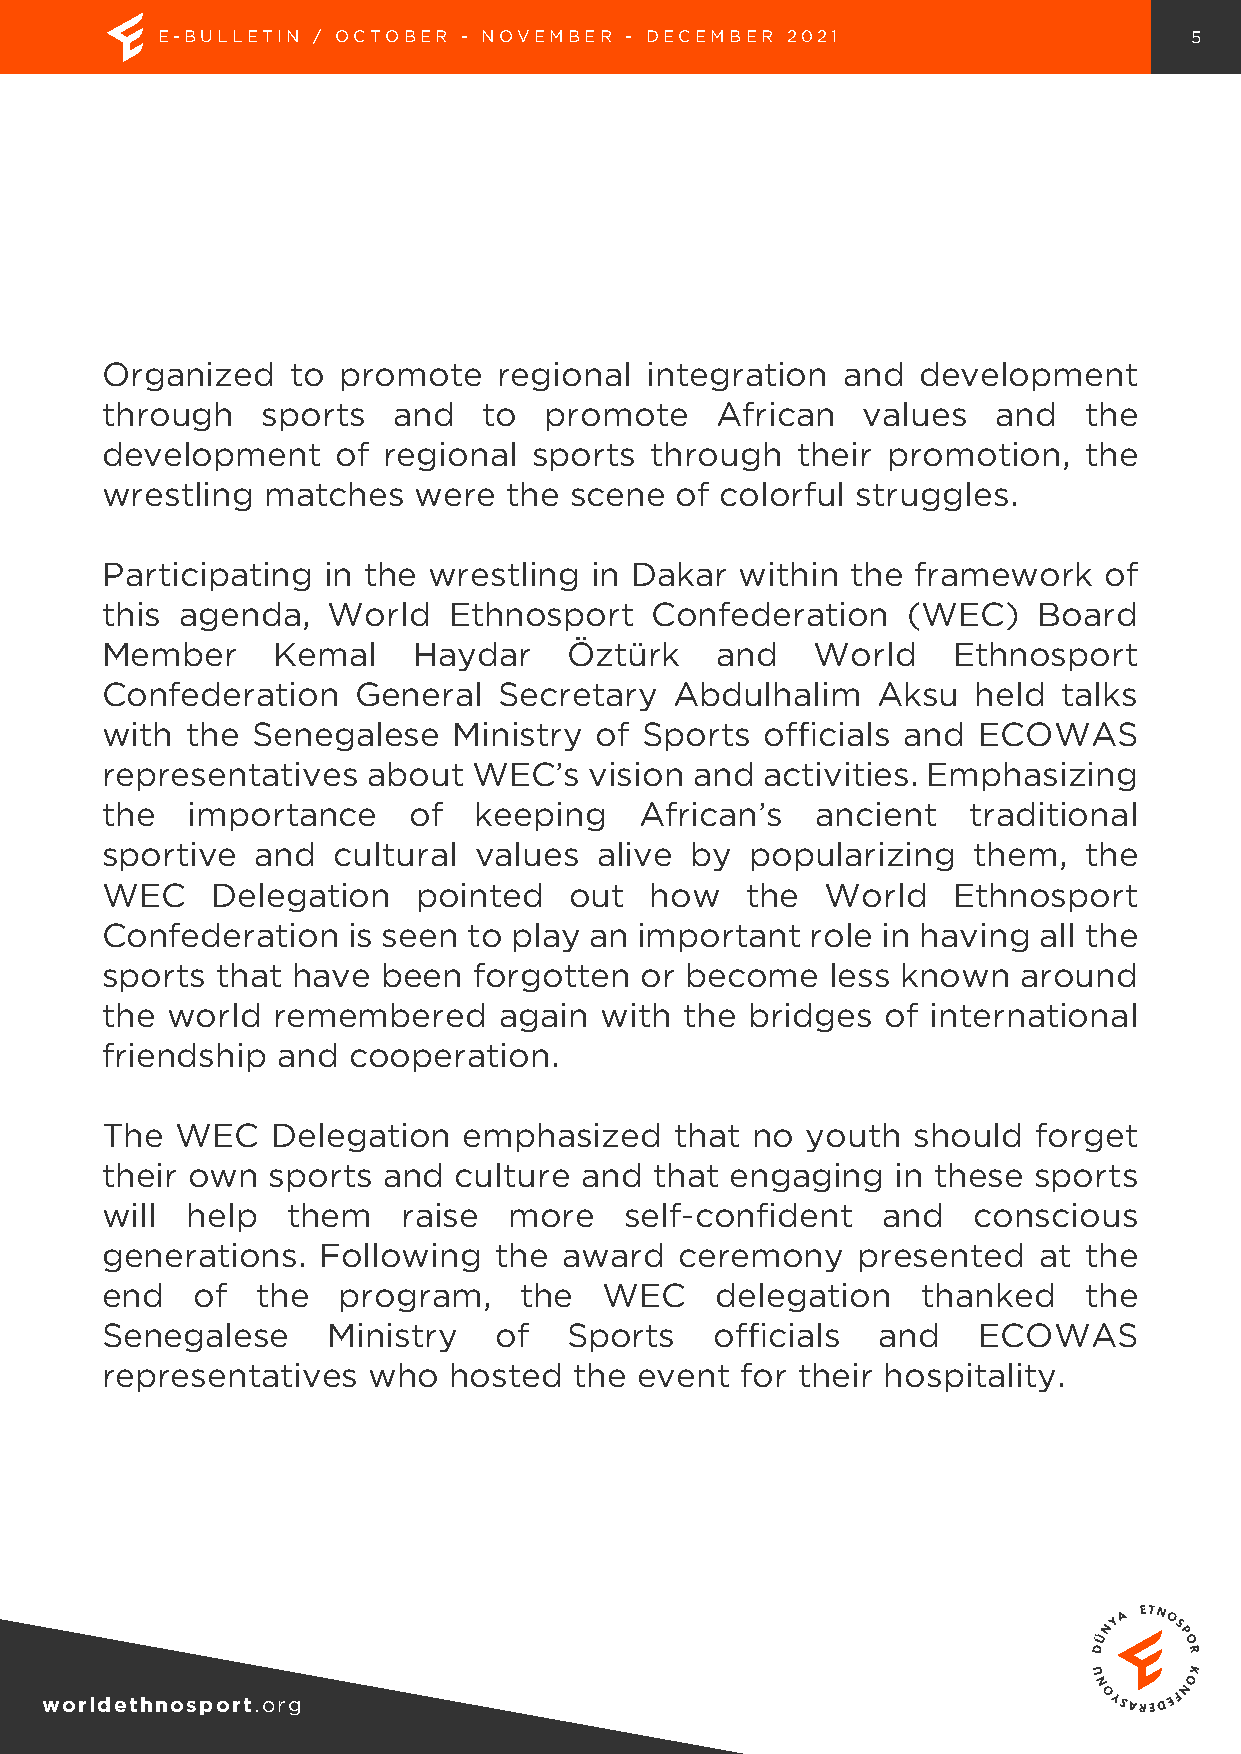
E-BULLETIN / OCTOBER - NOVEMBER - DECEMBER 2021                      5
 Organized   to promote    regional  integration  and  development
 through   sports   and   to  promote    African   values   and   the
 development    of regional  sports  through   their promotion,   the
 wrestling  matches  were   the scene  of colorful struggles.
 Participating in the wrestling  in Dakar  within the  framework   of
 this agenda,   World   Ethnosport   Confederation    (WEC)    Board
 Member     Kemal    Haydar     Öztürk   and    World    Ethnosport
 Confederation    General  Secretary   Abdulhalim   Aksu   held talks
 with the  Senegalese   Ministry of  Sports  officials and ECOWAS
 representatives  about  WEC’s   vision and activities. Emphasizing
 the  importance     of  keeping    African’s   ancient   traditional
 sportive  and  cultural values   alive by  popularizing  them,   the
 WEC    Delegation    pointed   out  how   the   World   Ethnosport
 Confederation   is seen to play an important   role in having all the
 sports that have  been  forgotten  or become    less known   around
 the world  remembered     again  with the  bridges  of international
 friendship and  cooperation.
 The  WEC   Delegation   emphasized    that no youth  should   forget
 their own  sports and  culture and  that engaging   in these sports
 will help   them    raise  more   self-confident   and   conscious
 generations.  Following   the award   ceremony    presented   at the
 end   of  the  program,    the   WEC    delegation    thanked    the
 Senegalese     Ministry   of   Sports   officials  and    ECOWAS
 representatives  who   hosted  the event  for their hospitality.
 worldethnosport.org